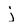
Character: j